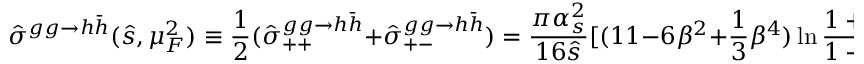
\hat { \sigma } ^ { g g \rightarrow h \bar { h } } ( \hat { s } , \mu _ { F } ^ { 2 } ) \equiv { \frac { 1 } { 2 } } ( \hat { \sigma } _ { + + } ^ { g g \rightarrow h \bar { h } } + \hat { \sigma } _ { + - } ^ { g g \rightarrow h \bar { h } } ) = { \frac { \pi \alpha _ { s } ^ { 2 } } { 1 6 \hat { s } } } [ ( 1 1 - 6 \beta ^ { 2 } + { \frac { 1 } { 3 } } \beta ^ { 4 } ) \ln { \frac { 1 + \beta } { 1 - \beta } } + { \frac { 1 } { 3 } } \beta ( 3 1 \beta ^ { 2 } - 5 9 ) ] \quad .